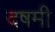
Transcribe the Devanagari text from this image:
दषमी